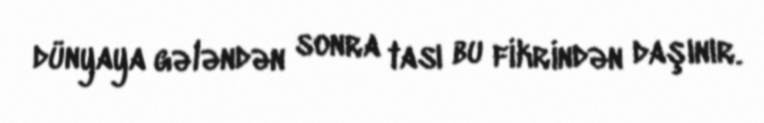
dünyaya gələndən sonra tası bu fikrindən daşınır.